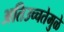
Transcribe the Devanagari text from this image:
अतिउच्चतेमुळे